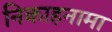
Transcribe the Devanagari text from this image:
निकाहनामा